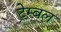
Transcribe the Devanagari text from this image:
ट्रेम्बल